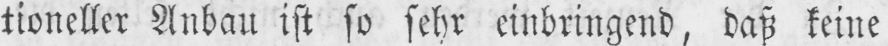
tioneller Anbau ist so sehr einbringend, daß keine